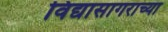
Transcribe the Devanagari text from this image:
विद्यासागराच्या